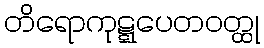
တိရောကုဋ္ဋပေတဝတ္ထု